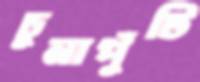
চুনাপুঁটি